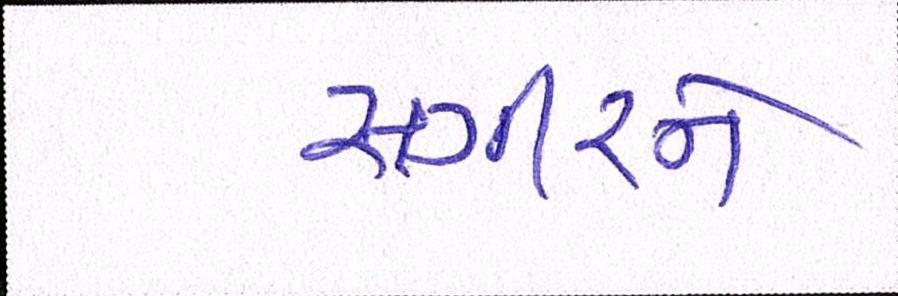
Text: સગીરને